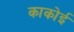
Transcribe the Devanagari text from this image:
काकोई